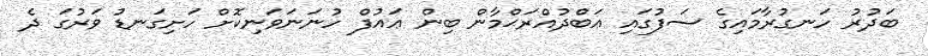
ބަދުރު ހަނގުރާމައިގެ ސަފުގައި ޢަބްދުއްރަޙްމާން ބިން ޢައުފް ހުނަނަވަނިކޮށް ހަށިގަނޑު ވަރުގަ ދެ